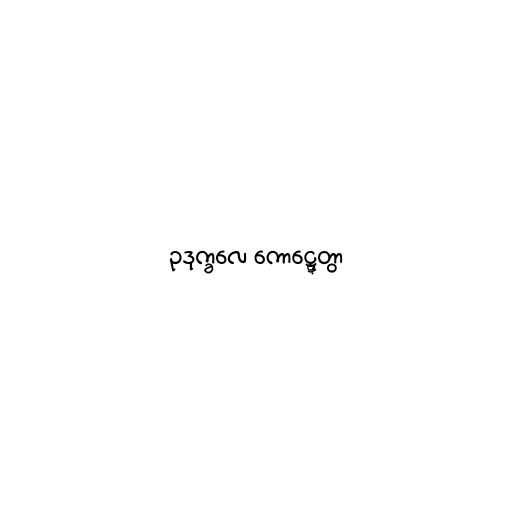
ဥဒုက္ခလေ ကောဋ္ဋေတွာ